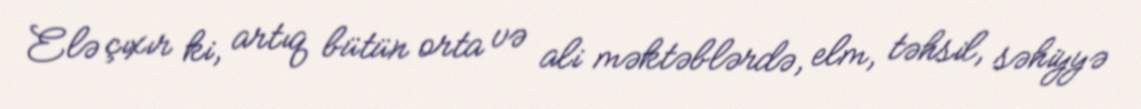
Elə çıxır ki, artıq bütün orta və ali məktəblərdə, elm, təhsil, səhiyyə